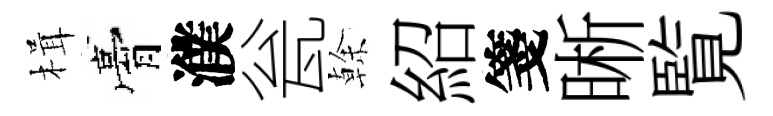
楫膏濮瓮𠏉紹箋晰覧